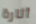
أثارة